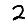
Digit: 2